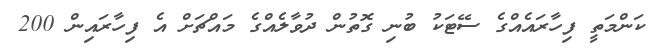
ކަންމަތީ ފިހާރައެއްގެ ސޭޓަކު ބުނި ގޮތުން ދުވާލެއްގެ މައްޗަށް އެ ފިހާރައިން 200